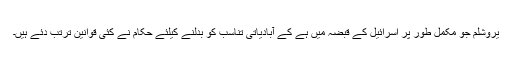
یروشلم جو مکمل طور پر اسرائیل کے قبضہ میں ہے کے آبادیاتی تناسب کو بدلنے کیلئے حکام نے کئی قوانین ترتب دئے ہیں۔